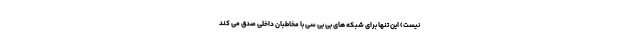
نیست) این تنها برای شبکه های بی بی سی با مخاطبان داخلی صدق می کند